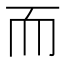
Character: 而